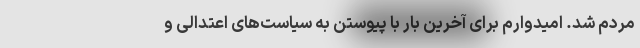
مردم شد. امیدوارم برای آخرین بار با پیوستن به سیاست‌های اعتدالی و